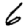
Digit: 6